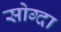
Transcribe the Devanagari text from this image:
सोग्दा